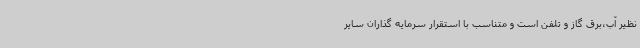
نظیر آب،برق گاز و تلفن است و متناسب با استقرار سرمایه گذاران سایر